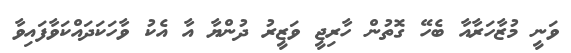
ވަނީ މުޒާހަރާއާ ބެހޭ ގޮތުން ހާރިޖީ ވަޒީރު ދުންޔާ އާ އެކު ވާހަކަދައްކަވާފައިވާ